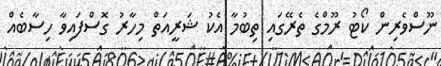
ނޫސްވެރިން ކޯޓު ރޫމްގެ ތެރޭގައި ތިބުމާ އެކު ޝަރީއަތް މިހާރު ގޮސްފައިވާ ހިސާބެއް